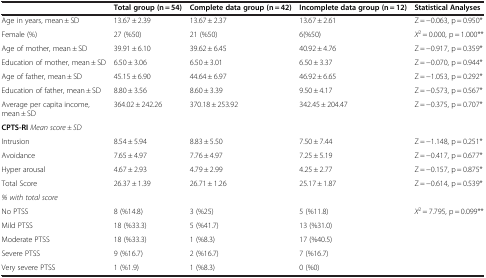
<table><thead><tr><td><b> </b></td><td><b>Total group (n = 54)</b></td><td><b>Complete data group (n = 42)</b></td><td><b>Incomplete data group (n = 12)</b></td><td><b>Statistical Analyses</b></td></tr></thead><tbody><tr><td>Age in years, mean ± SD</td><td>13.67 ± 2.39</td><td>13.67 ± 2.37</td><td>13.67 ± 2.61</td><td>Z = −0.063, p = 0.950*</td></tr><tr><td>Female (%)</td><td>27 (%50)</td><td>21 (%50)</td><td>6(%50)</td><td><i>X</i><sup>2</sup> = 0.000, p = 1.000**</td></tr><tr><td>Age of mother, mean ± SD</td><td>39.91 ± 6.10</td><td>39.62 ± 6.45</td><td>40.92 ± 4.76</td><td>Z = −0.917, p = 0.359*</td></tr><tr><td>Education of mother, mean ± SD</td><td>6.50 ± 3.06</td><td>6.50 ± 3.01</td><td>6.50 ± 3.37</td><td>Z = −0.070, p = 0.944*</td></tr><tr><td>Age of father, mean ± SD</td><td>45.15 ± 6.90</td><td>44.64 ± 6.97</td><td>46.92 ± 6.65</td><td>Z = −1.053, p = 0.292*</td></tr><tr><td>Education of father, mean ± SD</td><td>8.80 ± 3.56</td><td>8.60 ± 3.39</td><td>9.50 ± 4.17</td><td>Z = −0.573, p = 0.567*</td></tr><tr><td>Average per capita income, mean ± SD</td><td>364.02 ± 242.26</td><td>370.18 ± 253.92</td><td>342.45 ± 204.47</td><td>Z = −0.375, p = 0.707*</td></tr><tr><td><b>CPTS-RI</b><i>Mean score ± SD</i></td><td> </td><td> </td><td> </td><td> </td></tr><tr><td>Intrusion</td><td>8.54 ± 5.94</td><td>8.83 ± 5.50</td><td>7.50 ± 7.44</td><td>Z = −1.148, p = 0.251*</td></tr><tr><td>Avoidance</td><td>7.65 ± 4.97</td><td>7.76 ± 4.97</td><td>7.25 ± 5.19</td><td>Z = −0.417, p = 0.677*</td></tr><tr><td>Hyper arousal</td><td>4.67 ± 2.93</td><td>4.79 ± 2.99</td><td>4.25 ± 2.77</td><td>Z = −0.157, p = 0.875*</td></tr><tr><td>Total Score</td><td>26.37 ± 1.39</td><td>26.71 ± 1.26</td><td>25.17 ± 1.87</td><td>Z = −0.614, p = 0.539*</td></tr><tr><td><i>% with total score</i></td><td> </td><td> </td><td> </td><td> </td></tr><tr><td>No PTSS</td><td>8 (%14.8)</td><td>3 (%25)</td><td>5 (%11.8)</td><td><i>X</i><sup>2</sup> = 7.795, p = 0.099**</td></tr><tr><td>Mild PTSS</td><td>18 (%33.3)</td><td>5 (%41.7)</td><td>13 (%31.0)</td><td> </td></tr><tr><td>Moderate PTSS</td><td>18 (%33.3)</td><td>1 (%8.3)</td><td>17 (%40.5)</td><td> </td></tr><tr><td>Severe PTSS</td><td>9 (%16.7)</td><td>2 (%16.7)</td><td>7 (%16.7)</td><td> </td></tr><tr><td>Very severe PTSS</td><td>1 (%1.9)</td><td>1 (%8.3)</td><td>0 (%0)</td><td> </td></tr></tbody></table>